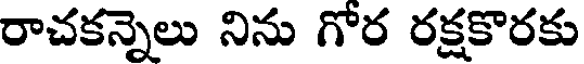
రాచకన్నెలు నిను గోర రక్షకొరకు